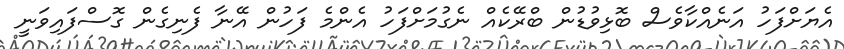
އެޔަށްފަހު އަނެއްކާވެސް ބޮޅިވުޑުން ބްރޭކެއް ނެގުމަށްފަހު އެންމެ ފަހުން އޭނާ ފެނިގެން ގޮސްފައިވަނީ